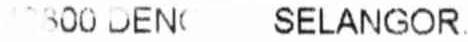
43800 DEN SELANGOR.